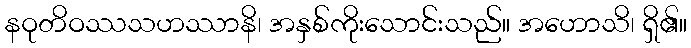
နဝုတိဝဿသဟဿာနိ၊ အနှစ်ကိုးသောင်းသည်။ အဟောသိ၊ ရှိ၏။